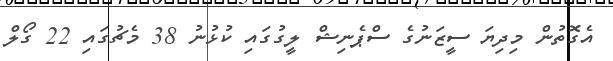
އެގޮތުން މިދިޔަ ސީޒަނުގެ ސްޕެނިޝް ލީގުގައި ކުޅުނު 38 މެޗުގައި 22 ގޯލް